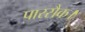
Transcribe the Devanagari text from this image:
पारसैक।